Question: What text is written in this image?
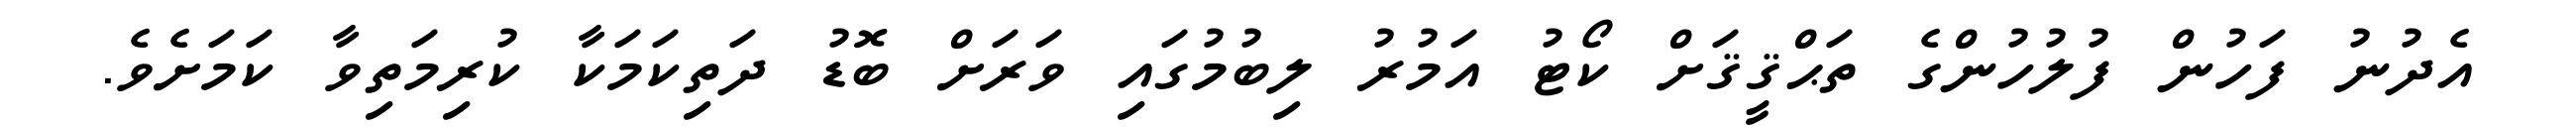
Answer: އެދުނު ފަހުން ފުލުހުންގެ ތަޙްޤީޤަށް ކޯޓު އަމުރު ލިބުމުގައި ވަރަށް ބޮޑު ދަތިކަމަކާ ކުރިމަތިވާ ކަމަށެވެ.